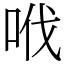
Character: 𠲎